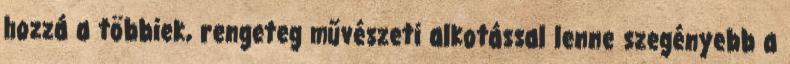
hozzá a többiek, rengeteg művészeti alkotással lenne szegényebb a